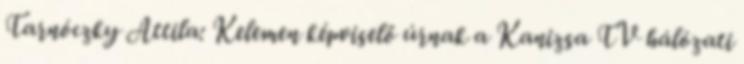
Tarnóczky Attila: Kelemen képviselő úrnak a Kanizsa TV hálózati